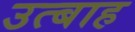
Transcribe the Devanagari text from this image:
उत्बाह